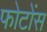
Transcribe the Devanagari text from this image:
फोटोंस